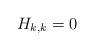
\begin{align*} H_{k,k} = 0 \end{align*}